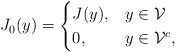
\begin{align*}J_0(y) = \begin{cases}J(y), & y\in\mathcal{V} \\0, & y\in\mathcal{V}^c,\end{cases}\end{align*}